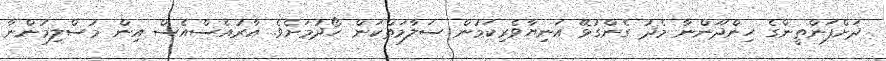
ދަށްފަންތީންގެ ހިންދޫންނާ މެދު ގެންގުޅޭ އަނިޔާވެރިކަމުން ސަލާމަތްކަން ހޯދުމަށެވެ. އާރުއެސްއެސް އިން މުސްލިމުންނާ